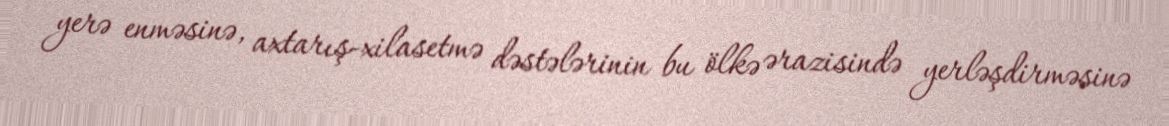
yerə enməsinə, axtarış-xilasetmə dəstələrinin bu ölkə ərazisində yerləşdirməsinə